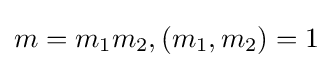
m=m_{1}m_{2},(m_{1},m_{2})=1